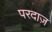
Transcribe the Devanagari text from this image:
परदाज़